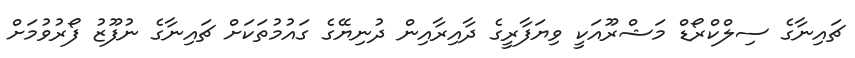
ޗައިނާގެ ސިލްކްރޯޑް މަޝްރޫއަކީ ވިޔަފާރީގެ ދާއިރާއިން ދުނިޔޭގެ ގައުމުތަކަށް ޗައިނާގެ ނުފޫޒު ފޯރުވުމަށް